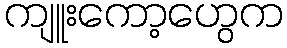
ကျူးကော့ဟွေက